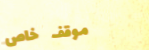
موقف خاص